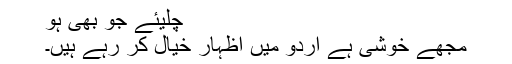
چلیئے جو بھی ہو
مجھے خوشی ہے اردو میں اظہار خیال کر رہے ہیں۔